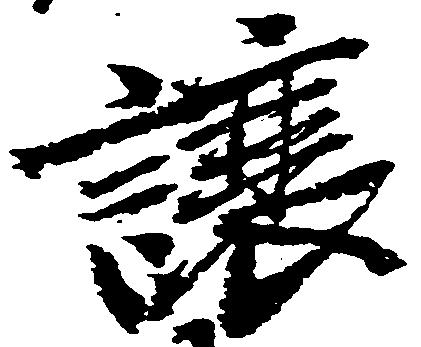
譲